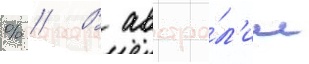
% // В австра́л'ии